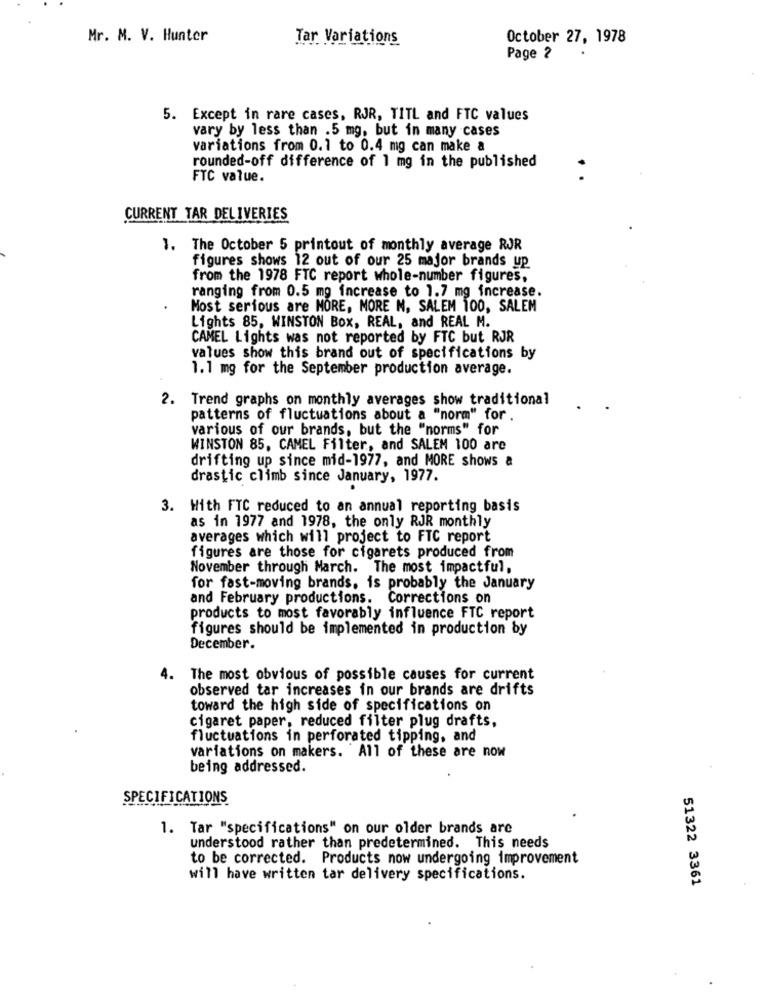
Mr. M. V. Hunter
Tar Variations
October 27, 1978
Page 2
5. Except in rare cases, RJR, TITL and FTC values
vary by less than .5 mg, but in many cases
variations from 0.1 to 0.4 mg can make a
rounded-off difference of 1 mg in the published
FTC value.
CURRENT TAR DELIVERIES
1. The October 5 printout of monthly average RJR
figures shows 12 out of our 25 major brands up
from the 1978 FTC report whole-number figures,
ranging from 0.5 mg increase to 1.7 mg increase.
Most serious are MORE, MORE M, SALEM 100, SALEM
Lights 85, WINSTON Box, REAL, and REAL M.
CAMEL Lights was not reported by FTC but RJR
values show this brand out of specifications by
1.1 mg for the September production average.
2. Trend graphs on monthly averages show traditional
patterns of fluctuations about a "norm" for .
various of our brands, but the "norms" for
WINSTON 85, CAMEL Filter, and SALEM 100 are
drifting up since mid-1977, and MORE shows a
drastic climb since January, 1977.
3. With FTC reduced to an annual reporting basis
as in 1977 and 1978, the only RJR monthly
averages which will project to FTC report
figures are those for cigarets produced from
November through March. The most impactful,
for fast-moving brands, is probably the January
and February productions. Corrections on
products to most favorably influence FTC report
figures should be implemented in production by
December.
4. The most obvious of possible causes for current
observed tar increases in our brands are drifts
toward the high side of specifications on
cigaret paper, reduced filter plug drafts,
fluctuations in perforated tipping, and
variations on makers. All of these are now
being addressed.
SPECIFICATIONS
1. Tar "specifications" on our older brands are
understood rather than predetermined. This needs
to be corrected. Products now undergoing improvement
will have written tar delivery specifications.
51322 3361